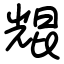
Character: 尡